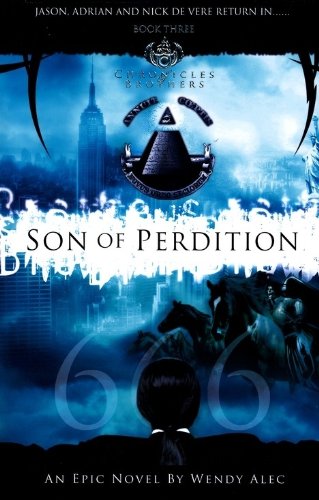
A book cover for Son Of Perdition (Chronicles Of Brothers: Volume 3): Book Three; Wendy Alec; Christian Books & Bibles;